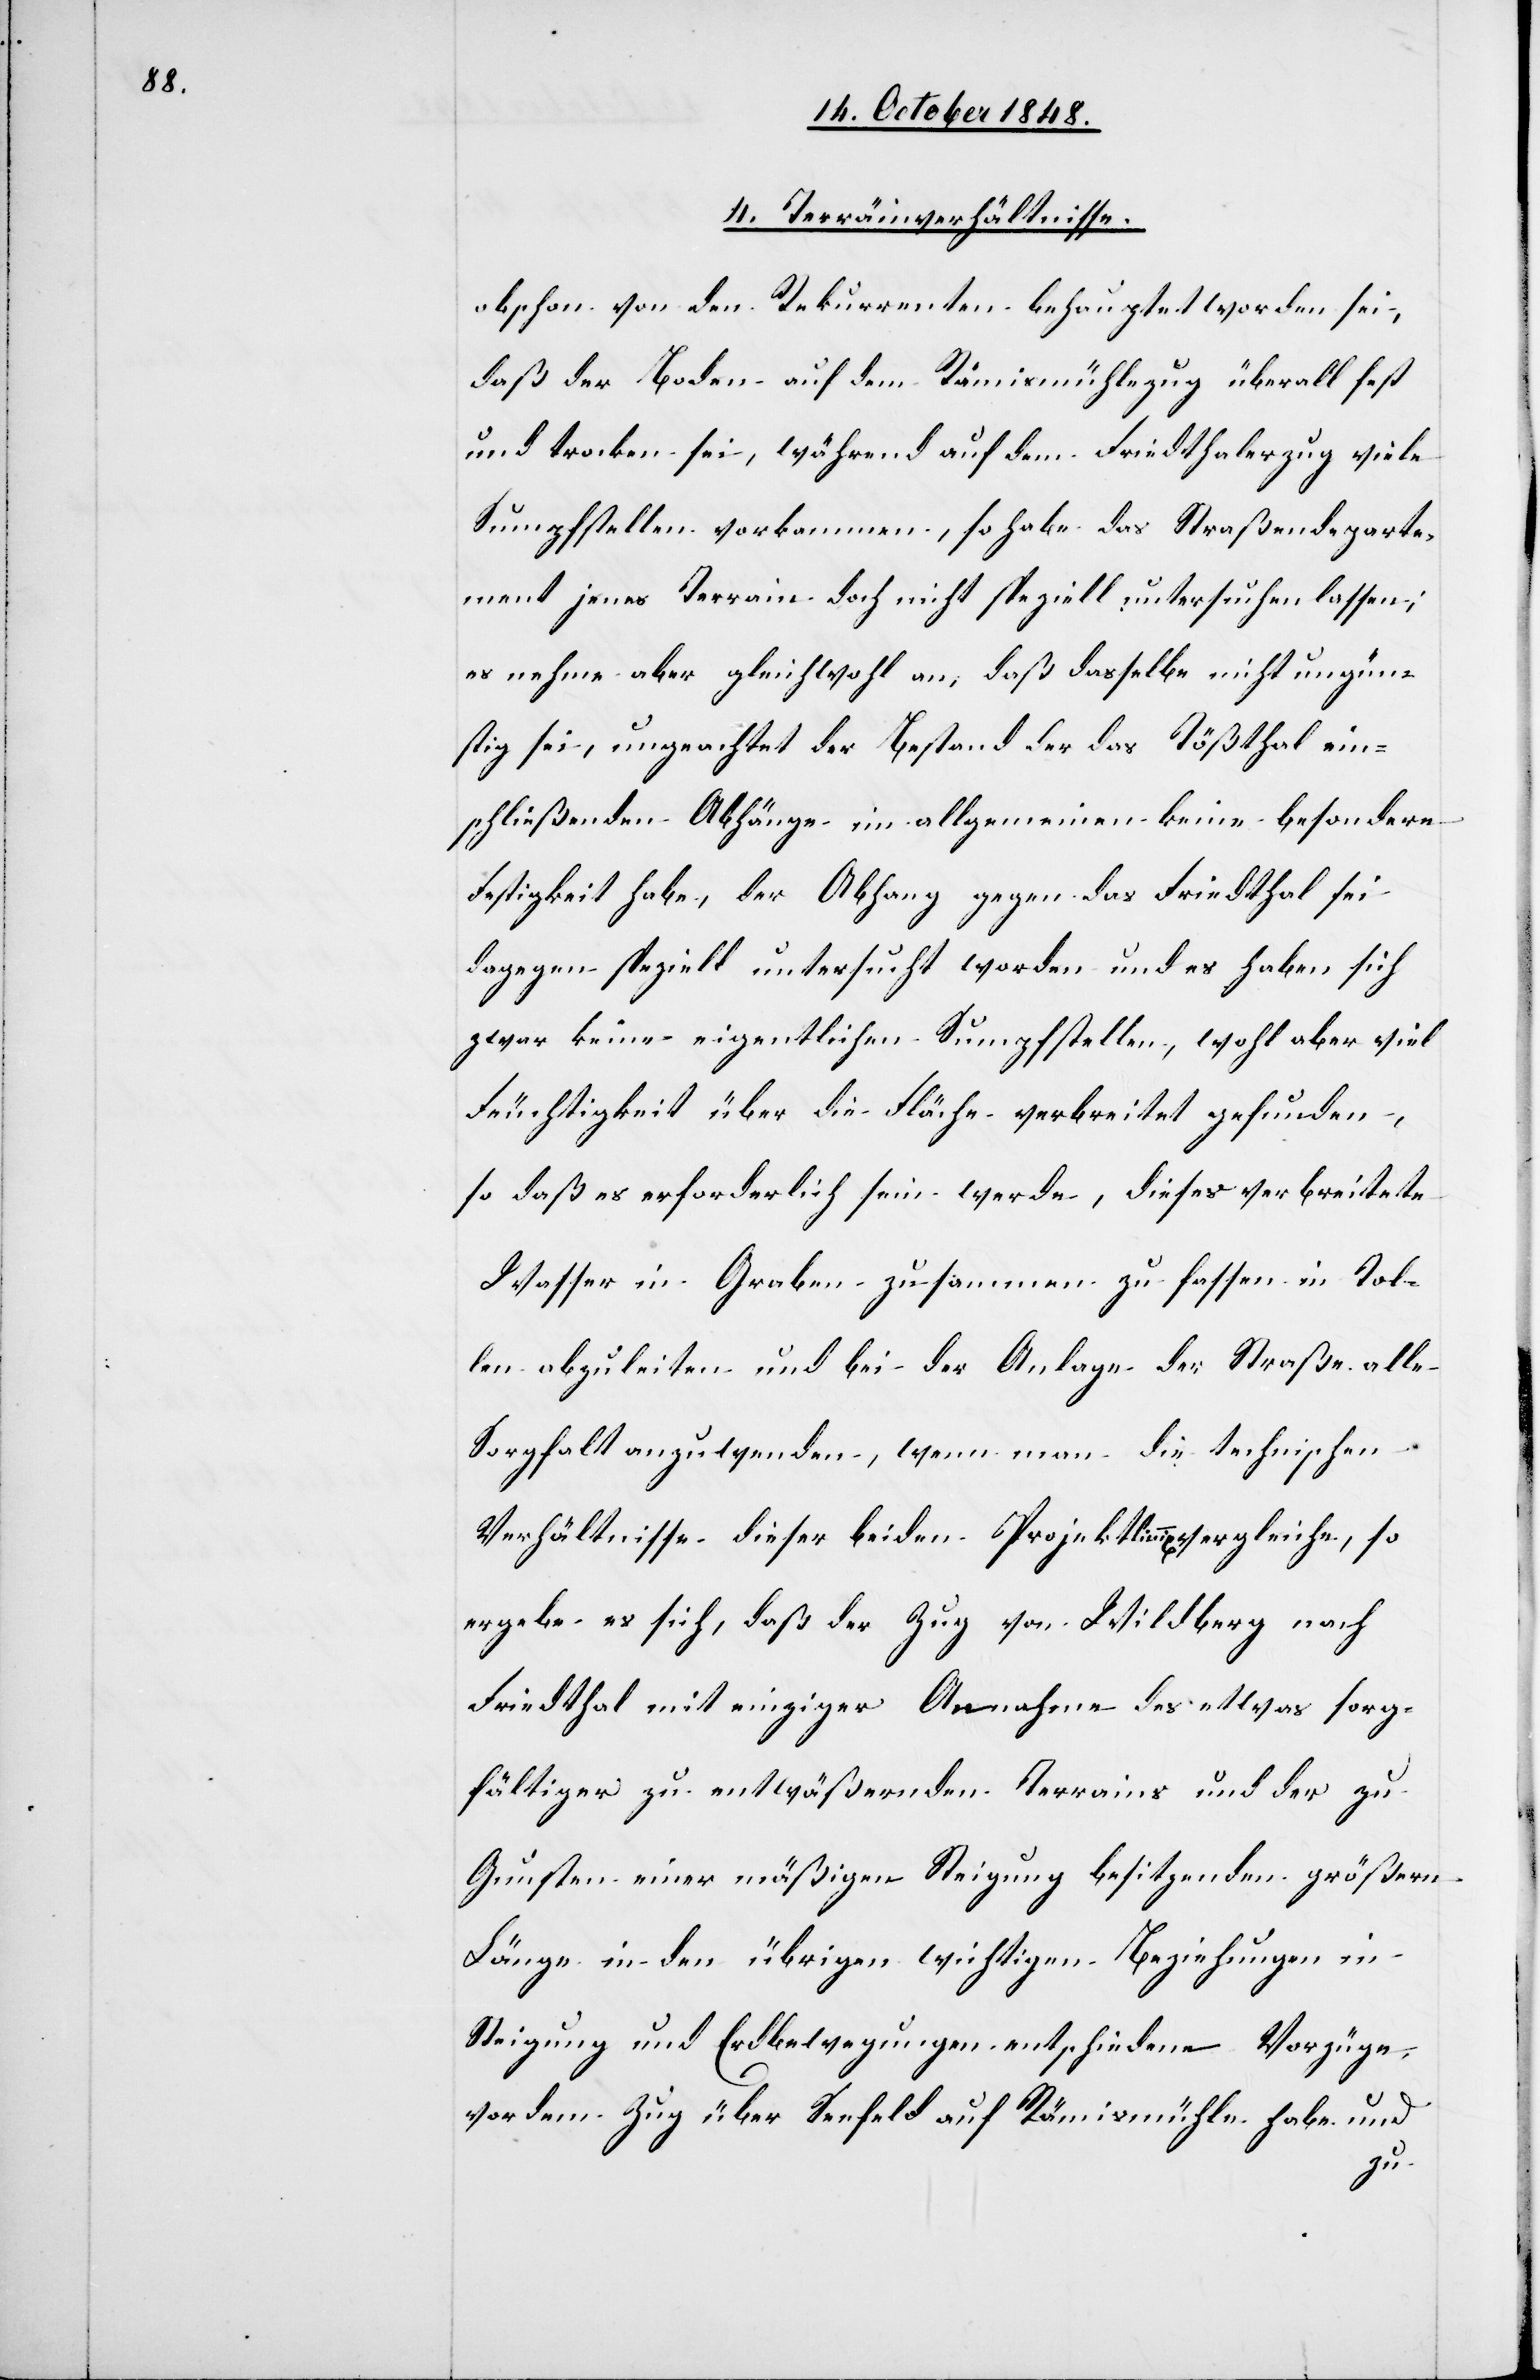
4. Terräinverhältnisse.
obschon von den Rekurrenten behauptet worden sei,
daß der Boden auf dem Rämismühlezug überall fest
und trocken sei, während auf dem Friedthalerzug viele
Sumpfstellen vorkommen, so habe das Straßendeparte¬
ment jenes Terrain doch nicht speziell untersuchen lassen;
es nehme aber gleichwohl an, daß dasselbe nicht ungün¬
stig sei, ungeachtet der Bestand der das Tößthal ein¬
schließenden Abhänge im allgemeinen keine besondere
Festigkeit habe, der Abhang gegen das Friedthal sei
dagegen speziell untersucht worden und es haben sich
zwar keine eigentlichen Sumpfstellen, wohl aber viel
Feuchtigkeit über die Fläche verbreitet gefunden,
so daß es erforderlich sein werde, dieses verbreitete
Wasser in Graben zusammen zu fassen in Tol¬
len abzuleiten und bei der Anlage der Straße alle
Sorgfalt anzuwenden, wenn man die technischen
Verhältnisse dieser beiden Projektlini[en] vergleiche, so
ergebe es sich, daß der Zug von Wildberg nach
Friedthal mit einziger Annahme des etwas sorg¬
fältiger zu entwäßernden Terrains und der zu
Gunsten einer mäßigen Steigung besitzenden größern
Länge in den übrigen wichtigen Beziehungen in
Steigung und Erdbewegungen entschiedene Vorzüge,
vor dem Zug über Seefeld auf Rämismühel habe und